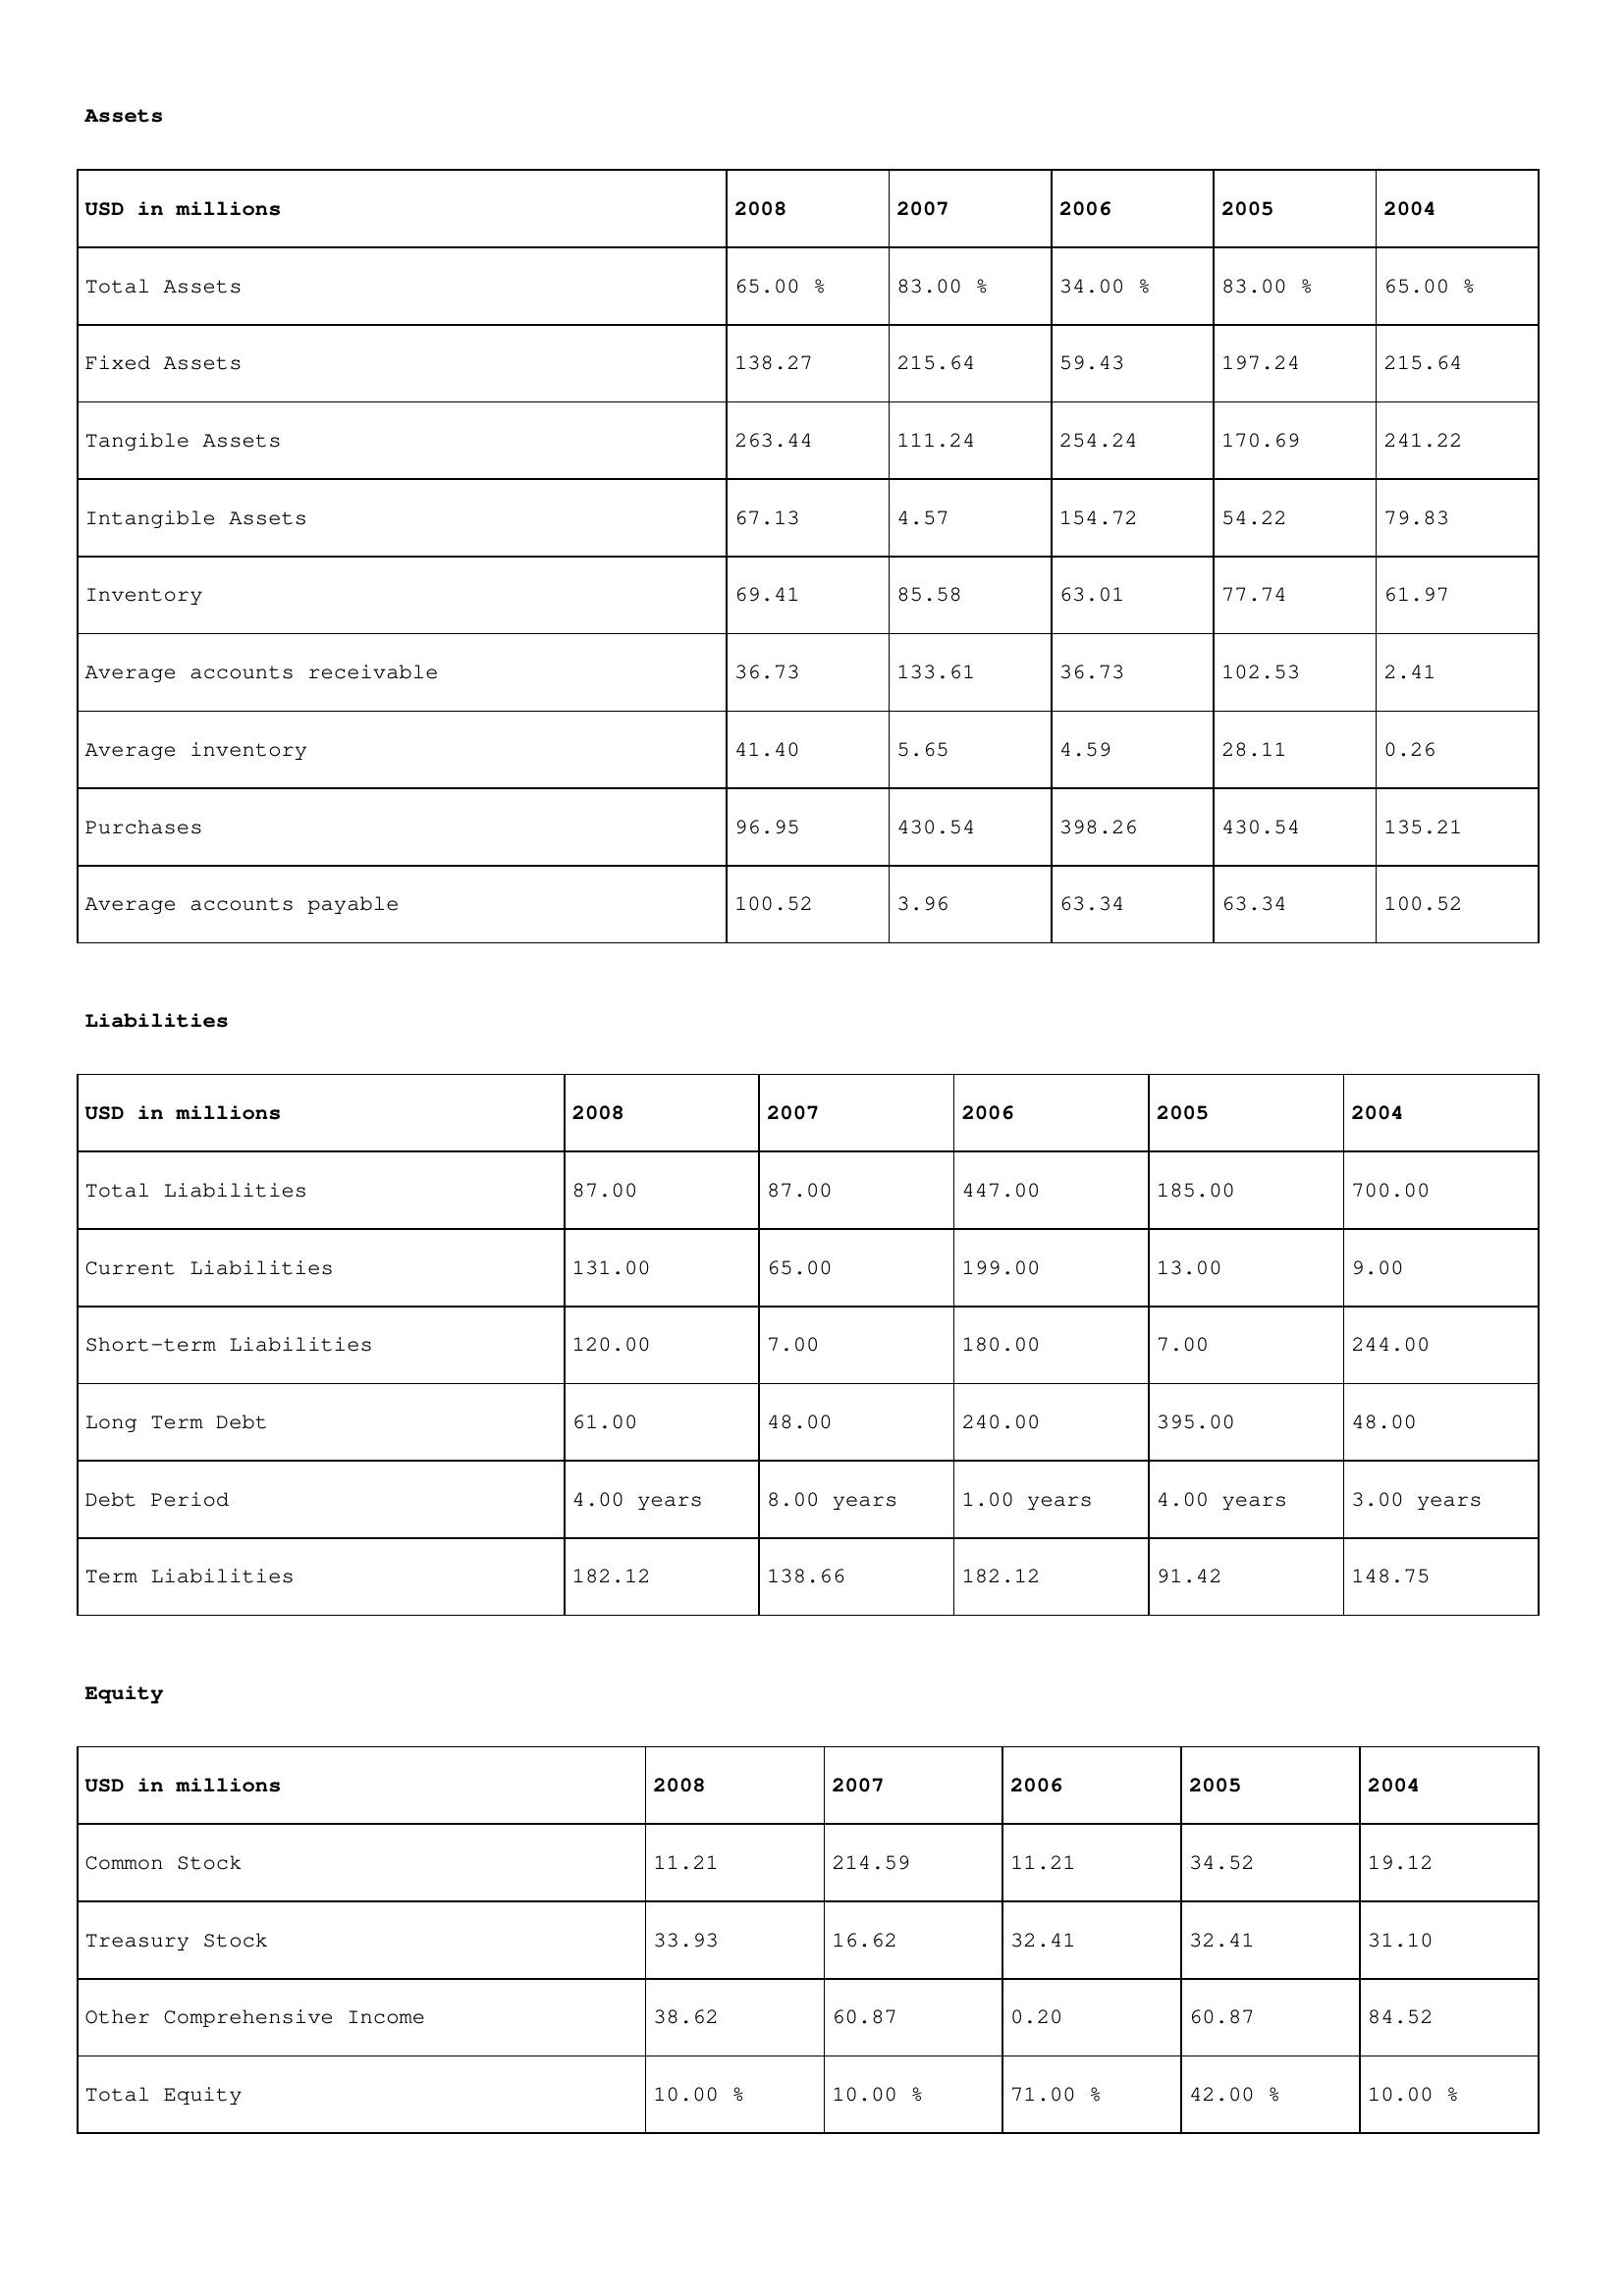
gt_parse: 2008: Assets: Total Assets: 65.00 %
Fixed Assets: 138.27
Tangible Assets: 263.44
Intangible Assets: 67.13
Inventory: 69.41
Average accounts receivable: 36.73
Average inventory: 41.40
Purchases: 96.95
Average accounts payable: 100.52
Liabilities: Total Liabilities: 87.00
Current Liabilities: 131.00
Short-term Liabilities: 120.00
Long Term Debt: 61.00
Debt Period: 4.00 years
Term Liabilities: 182.12
Equity: Common Stock: 11.21
Treasury Stock: 33.93
Other Comprehensive Income: 38.62
Total Equity: 10.00 %
2007: Assets: Total Assets: 83.00 %
Fixed Assets: 215.64
Tangible Assets: 111.24
Intangible Assets: 4.57
Inventory: 85.58
Average accounts receivable: 133.61
Average inventory: 5.65
Purchases: 430.54
Average accounts payable: 3.96
Liabilities: Total Liabilities: 87.00
Current Liabilities: 65.00
Short-term Liabilities: 7.00
Long Term Debt: 48.00
Debt Period: 8.00 years
Term Liabilities: 138.66
Equity: Common Stock: 214.59
Treasury Stock: 16.62
Other Comprehensive Income: 60.87
Total Equity: 10.00 %
2006: Assets: Total Assets: 34.00 %
Fixed Assets: 59.43
Tangible Assets: 254.24
Intangible Assets: 154.72
Inventory: 63.01
Average accounts receivable: 36.73
Average inventory: 4.59
Purchases: 398.26
Average accounts payable: 63.34
Liabilities: Total Liabilities: 447.00
Current Liabilities: 199.00
Short-term Liabilities: 180.00
Long Term Debt: 240.00
Debt Period: 1.00 years
Term Liabilities: 182.12
Equity: Common Stock: 11.21
Treasury Stock: 32.41
Other Comprehensive Income: 0.20
Total Equity: 71.00 %
2005: Assets: Total Assets: 83.00 %
Fixed Assets: 197.24
Tangible Assets: 170.69
Intangible Assets: 54.22
Inventory: 77.74
Average accounts receivable: 102.53
Average inventory: 28.11
Purchases: 430.54
Average accounts payable: 63.34
Liabilities: Total Liabilities: 185.00
Current Liabilities: 13.00
Short-term Liabilities: 7.00
Long Term Debt: 395.00
Debt Period: 4.00 years
Term Liabilities: 91.42
Equity: Common Stock: 34.52
Treasury Stock: 32.41
Other Comprehensive Income: 60.87
Total Equity: 42.00 %
2004: Assets: Total Assets: 65.00 %
Fixed Assets: 215.64
Tangible Assets: 241.22
Intangible Assets: 79.83
Inventory: 61.97
Average accounts receivable: 2.41
Average inventory: 0.26
Purchases: 135.21
Average accounts payable: 100.52
Liabilities: Total Liabilities: 700.00
Current Liabilities: 9.00
Short-term Liabilities: 244.00
Long Term Debt: 48.00
Debt Period: 3.00 years
Term Liabilities: 148.75
Equity: Common Stock: 19.12
Treasury Stock: 31.10
Other Comprehensive Income: 84.52
Total Equity: 10.00 %